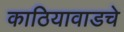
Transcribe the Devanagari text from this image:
काठियावाडचे